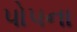
પોપના